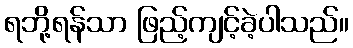
ရဘို့ရန်သာ ဖြည့်ကျင့်ခဲ့ပါသည်။